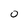
Character: 0